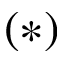
( * )